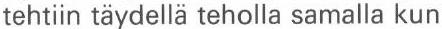
tehtiin täydellä teholla samalla kun